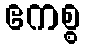
ဧကစ္စ